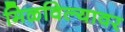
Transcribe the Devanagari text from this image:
मिळविल्यावर